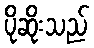
ပိုဆိုးသည်